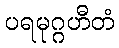
ပရမုဂ္ဂဟီတံ